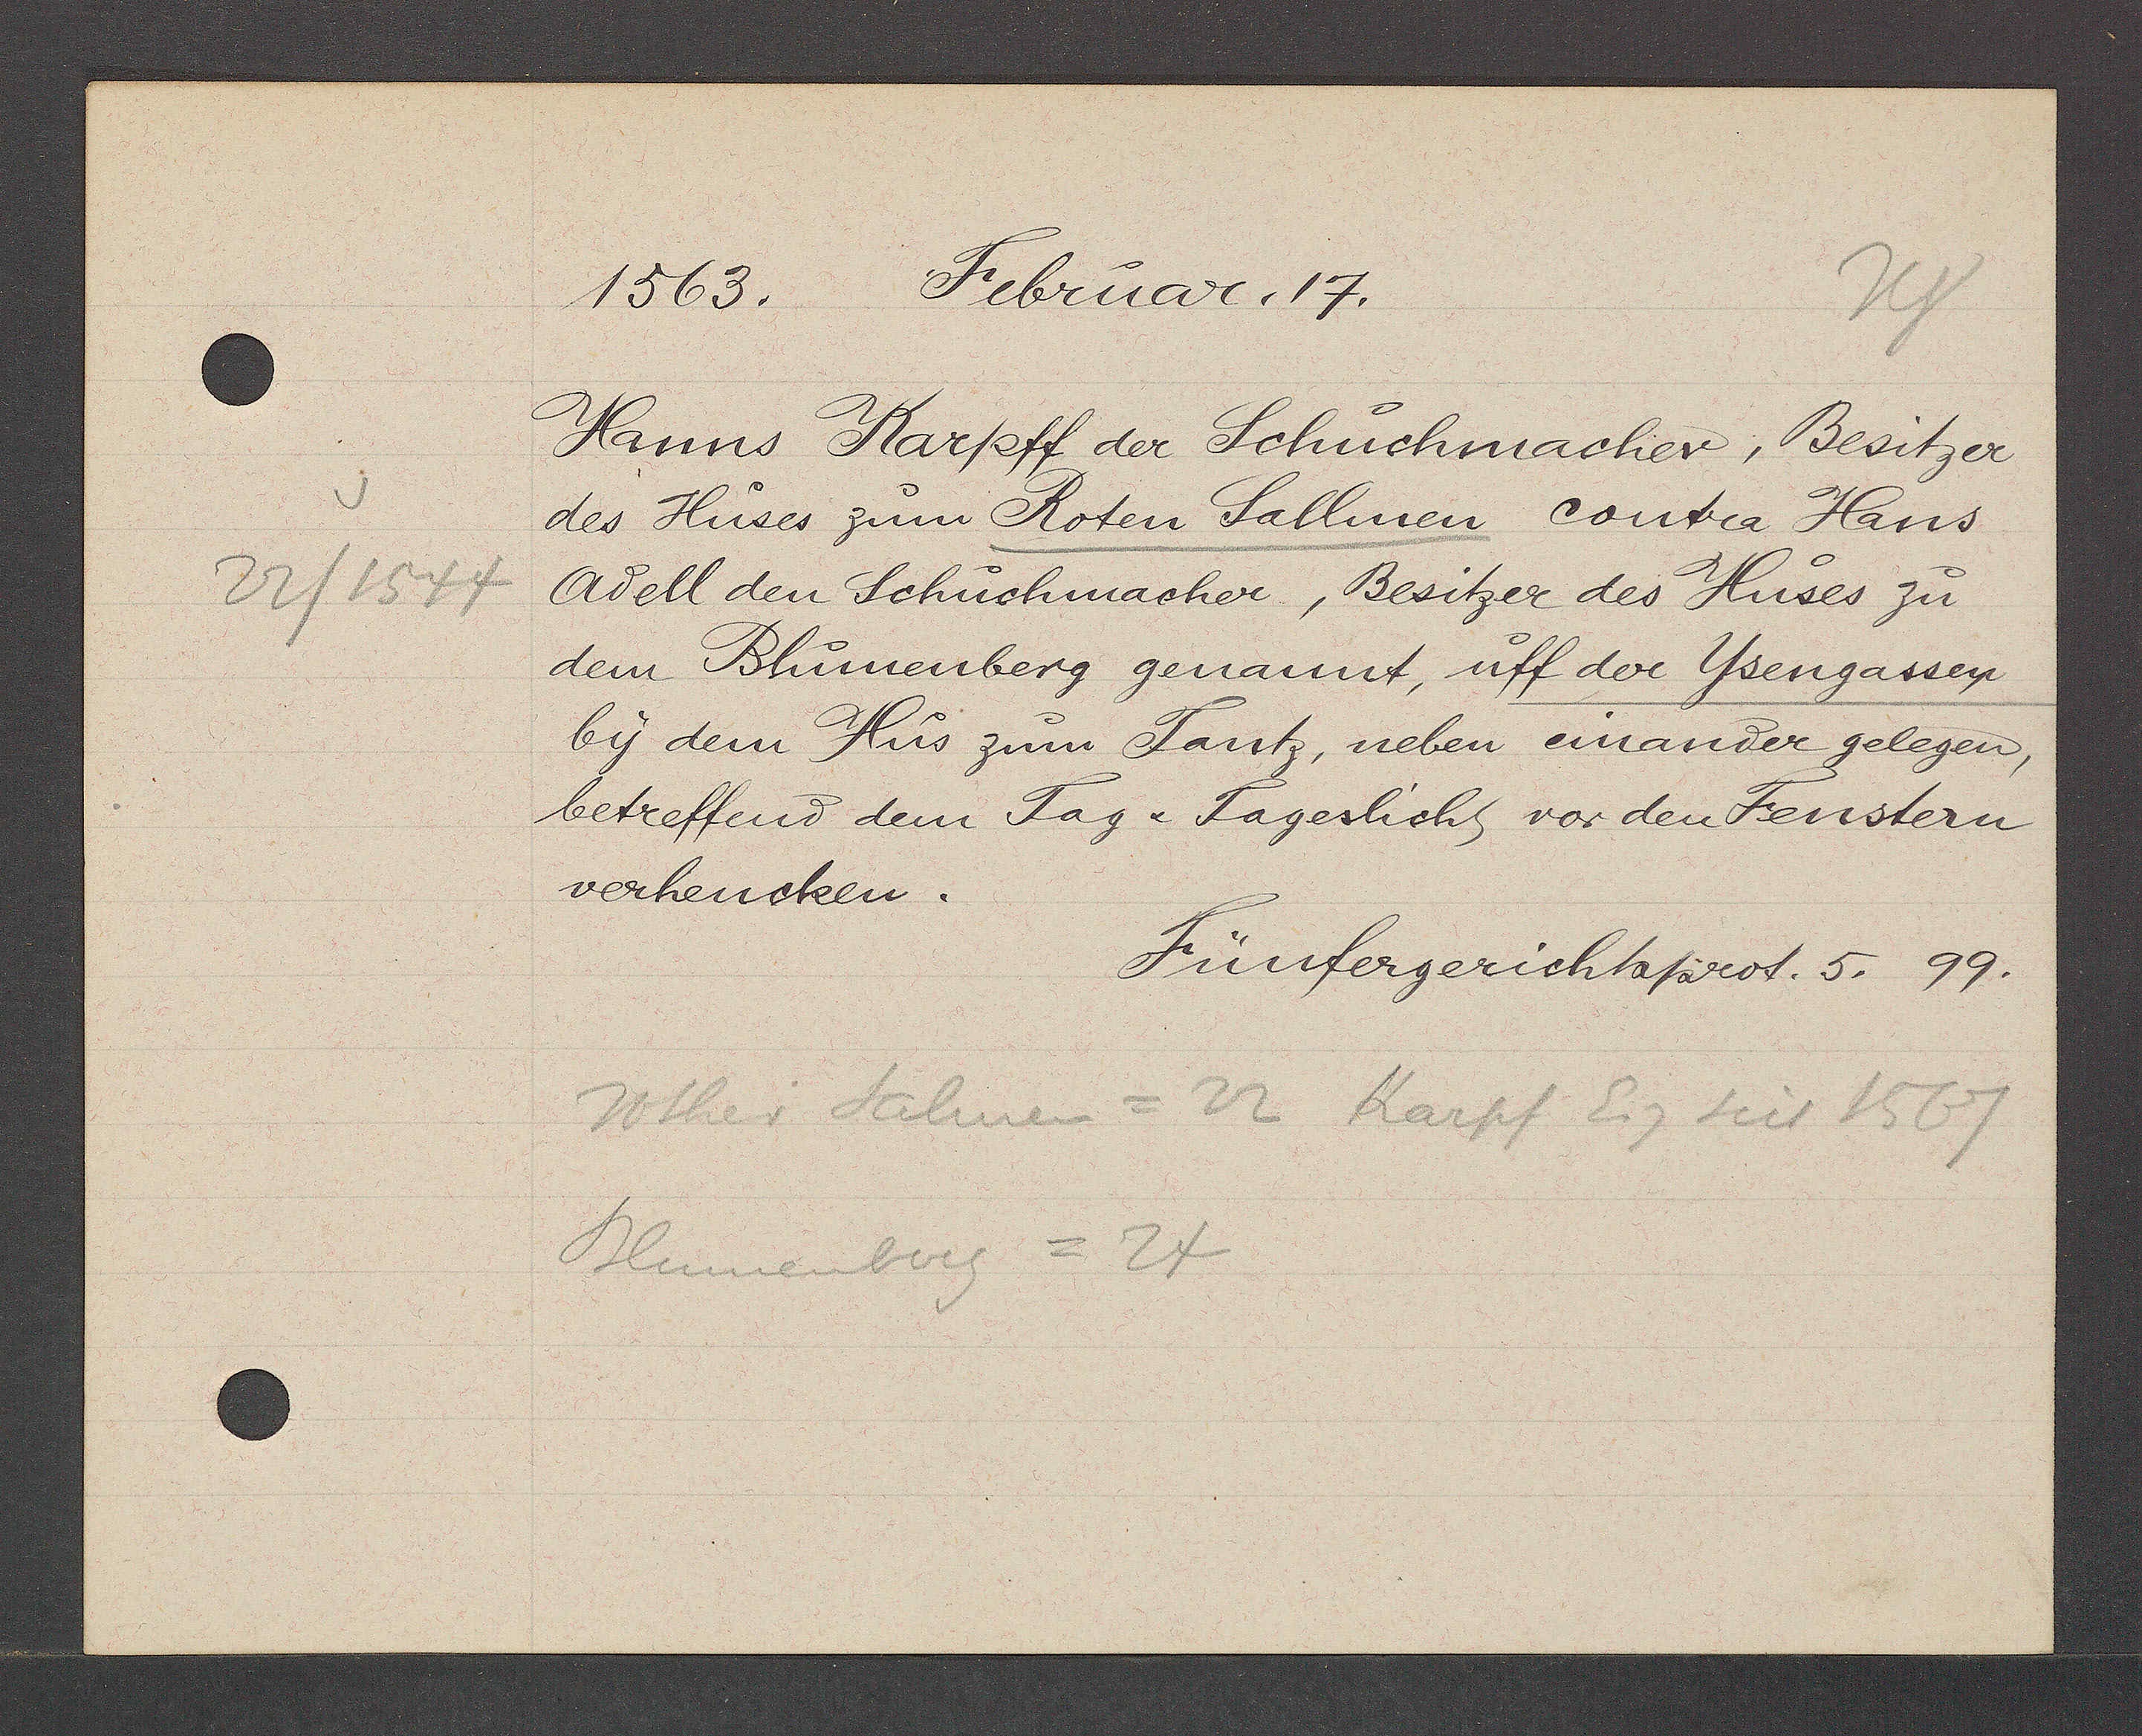
Transcript:
22/ 1544

1563. Februar,17.
Hanns Karpff der Schuchmacher, Besitzer
des Huses zum Roten Sallmen contra Hans
Adell den Schuchmacher, Besitzer des Huses zu
dem Blumenberg genannt, uff der Ysengassen
by dem Hus zum Tantz, neben einander gelegen,
betreffend dem Tag & Tageslicht vor den Fenstern
verhencken.
Fünfergerichtsprot. 5. 99.
rother Salmen = 22 Karpf Eig seit 1567
Blumenberg = 24